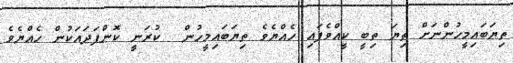
ތިޔަބައިމީހުންނަށް ތިޔަ ތިބީ ކީއްވެފައި ހެއްޔެވެ ތިޔަބައިމީހުން  ކުރަނީ ކޮންފަދައަކުން ހެއްޔެވެ